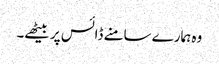
وہ ہمارے سامنے ڈائس پر بیٹھے۔